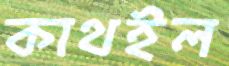
কাথইল